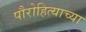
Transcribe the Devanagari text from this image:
पौरोहित्याच्या